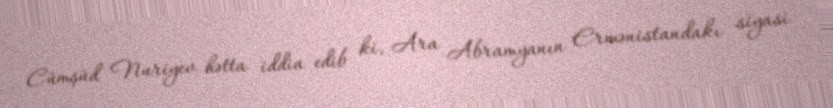
Cümşüd Nuriyev hətta iddia edib ki, Ara Abramyanın Ermənistandakı siyasi